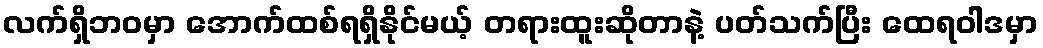
လက်ရှိဘဝမှာ အောက်ထစ်ရရှိနိုင်မယ့် တရားထူးဆိုတာနဲ့ ပတ်သက်ပြီး ထေရဝါဒမှာ